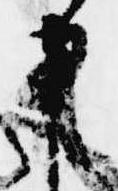
申